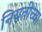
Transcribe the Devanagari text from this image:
नियतीच्या